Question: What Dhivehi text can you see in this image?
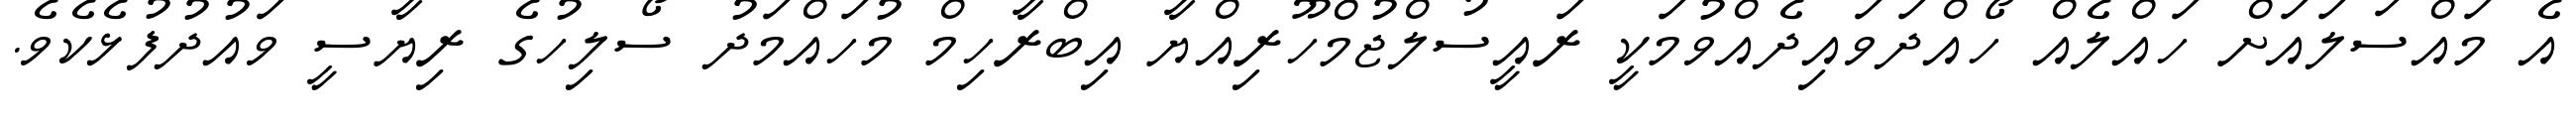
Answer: އެ މައްސަލައަށް ހައްލެއް ހޯއްދަވައިދެއްވުމަކީ ރައީސުލްޖުމްހޫރިއްޔާ އިބްރާހިމް މުހައްމަދު ސޯލިހުގެ ރިޔާސީ ވައުދުފުޅެކެވެ.